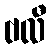
ဗလီ